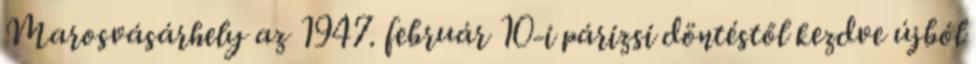
Marosvásárhely az 1947. február 10-i párizsi döntéstől kezdve újból